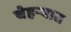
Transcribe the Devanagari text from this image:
चेहर्‍यात